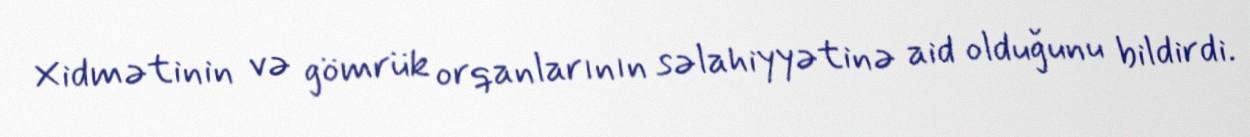
Xidmətinin və gömrük orqanlarının səlahiyyətinə aid olduğunu bildirdi.